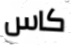
كاس